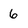
Character: 6